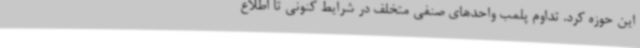
این حوزه کرد. تداوم پلمب واحدهای صنفی متخلف در شرایط کنونی تا اطلاع